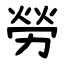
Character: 勞